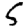
Digit: 5